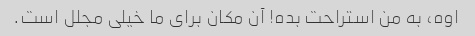
اوه، به من استراحت بده! آن مکان برای ما خیلی مجلل است.